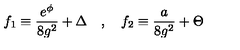
f _ { 1 } \equiv { \frac { e ^ { \phi } } { 8 g ^ { 2 } } } + \Delta \quad , \quad f _ { 2 } \equiv { \frac { a } { 8 g ^ { 2 } } } + \Theta